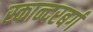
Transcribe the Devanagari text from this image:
स्कान्दरबर्ग